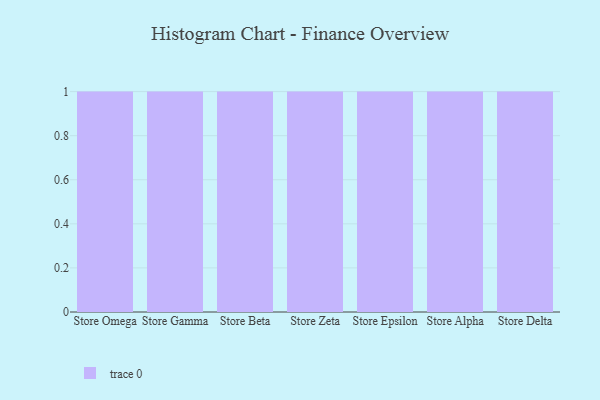
{"axis": {"x": "Store", "y": "Gross Profit (USD K)"}, "legend": [""], "data": [{"x": "Store Omega", "y": 53, "type": ""}, {"x": "Store Gamma", "y": 83, "type": ""}, {"x": "Store Beta", "y": 20, "type": ""}, {"x": "Store Zeta", "y": 40, "type": ""}, {"x": "Store Epsilon", "y": 57, "type": ""}, {"x": "Store Alpha", "y": 86, "type": ""}, {"x": "Store Delta", "y": 77, "type": ""}]}